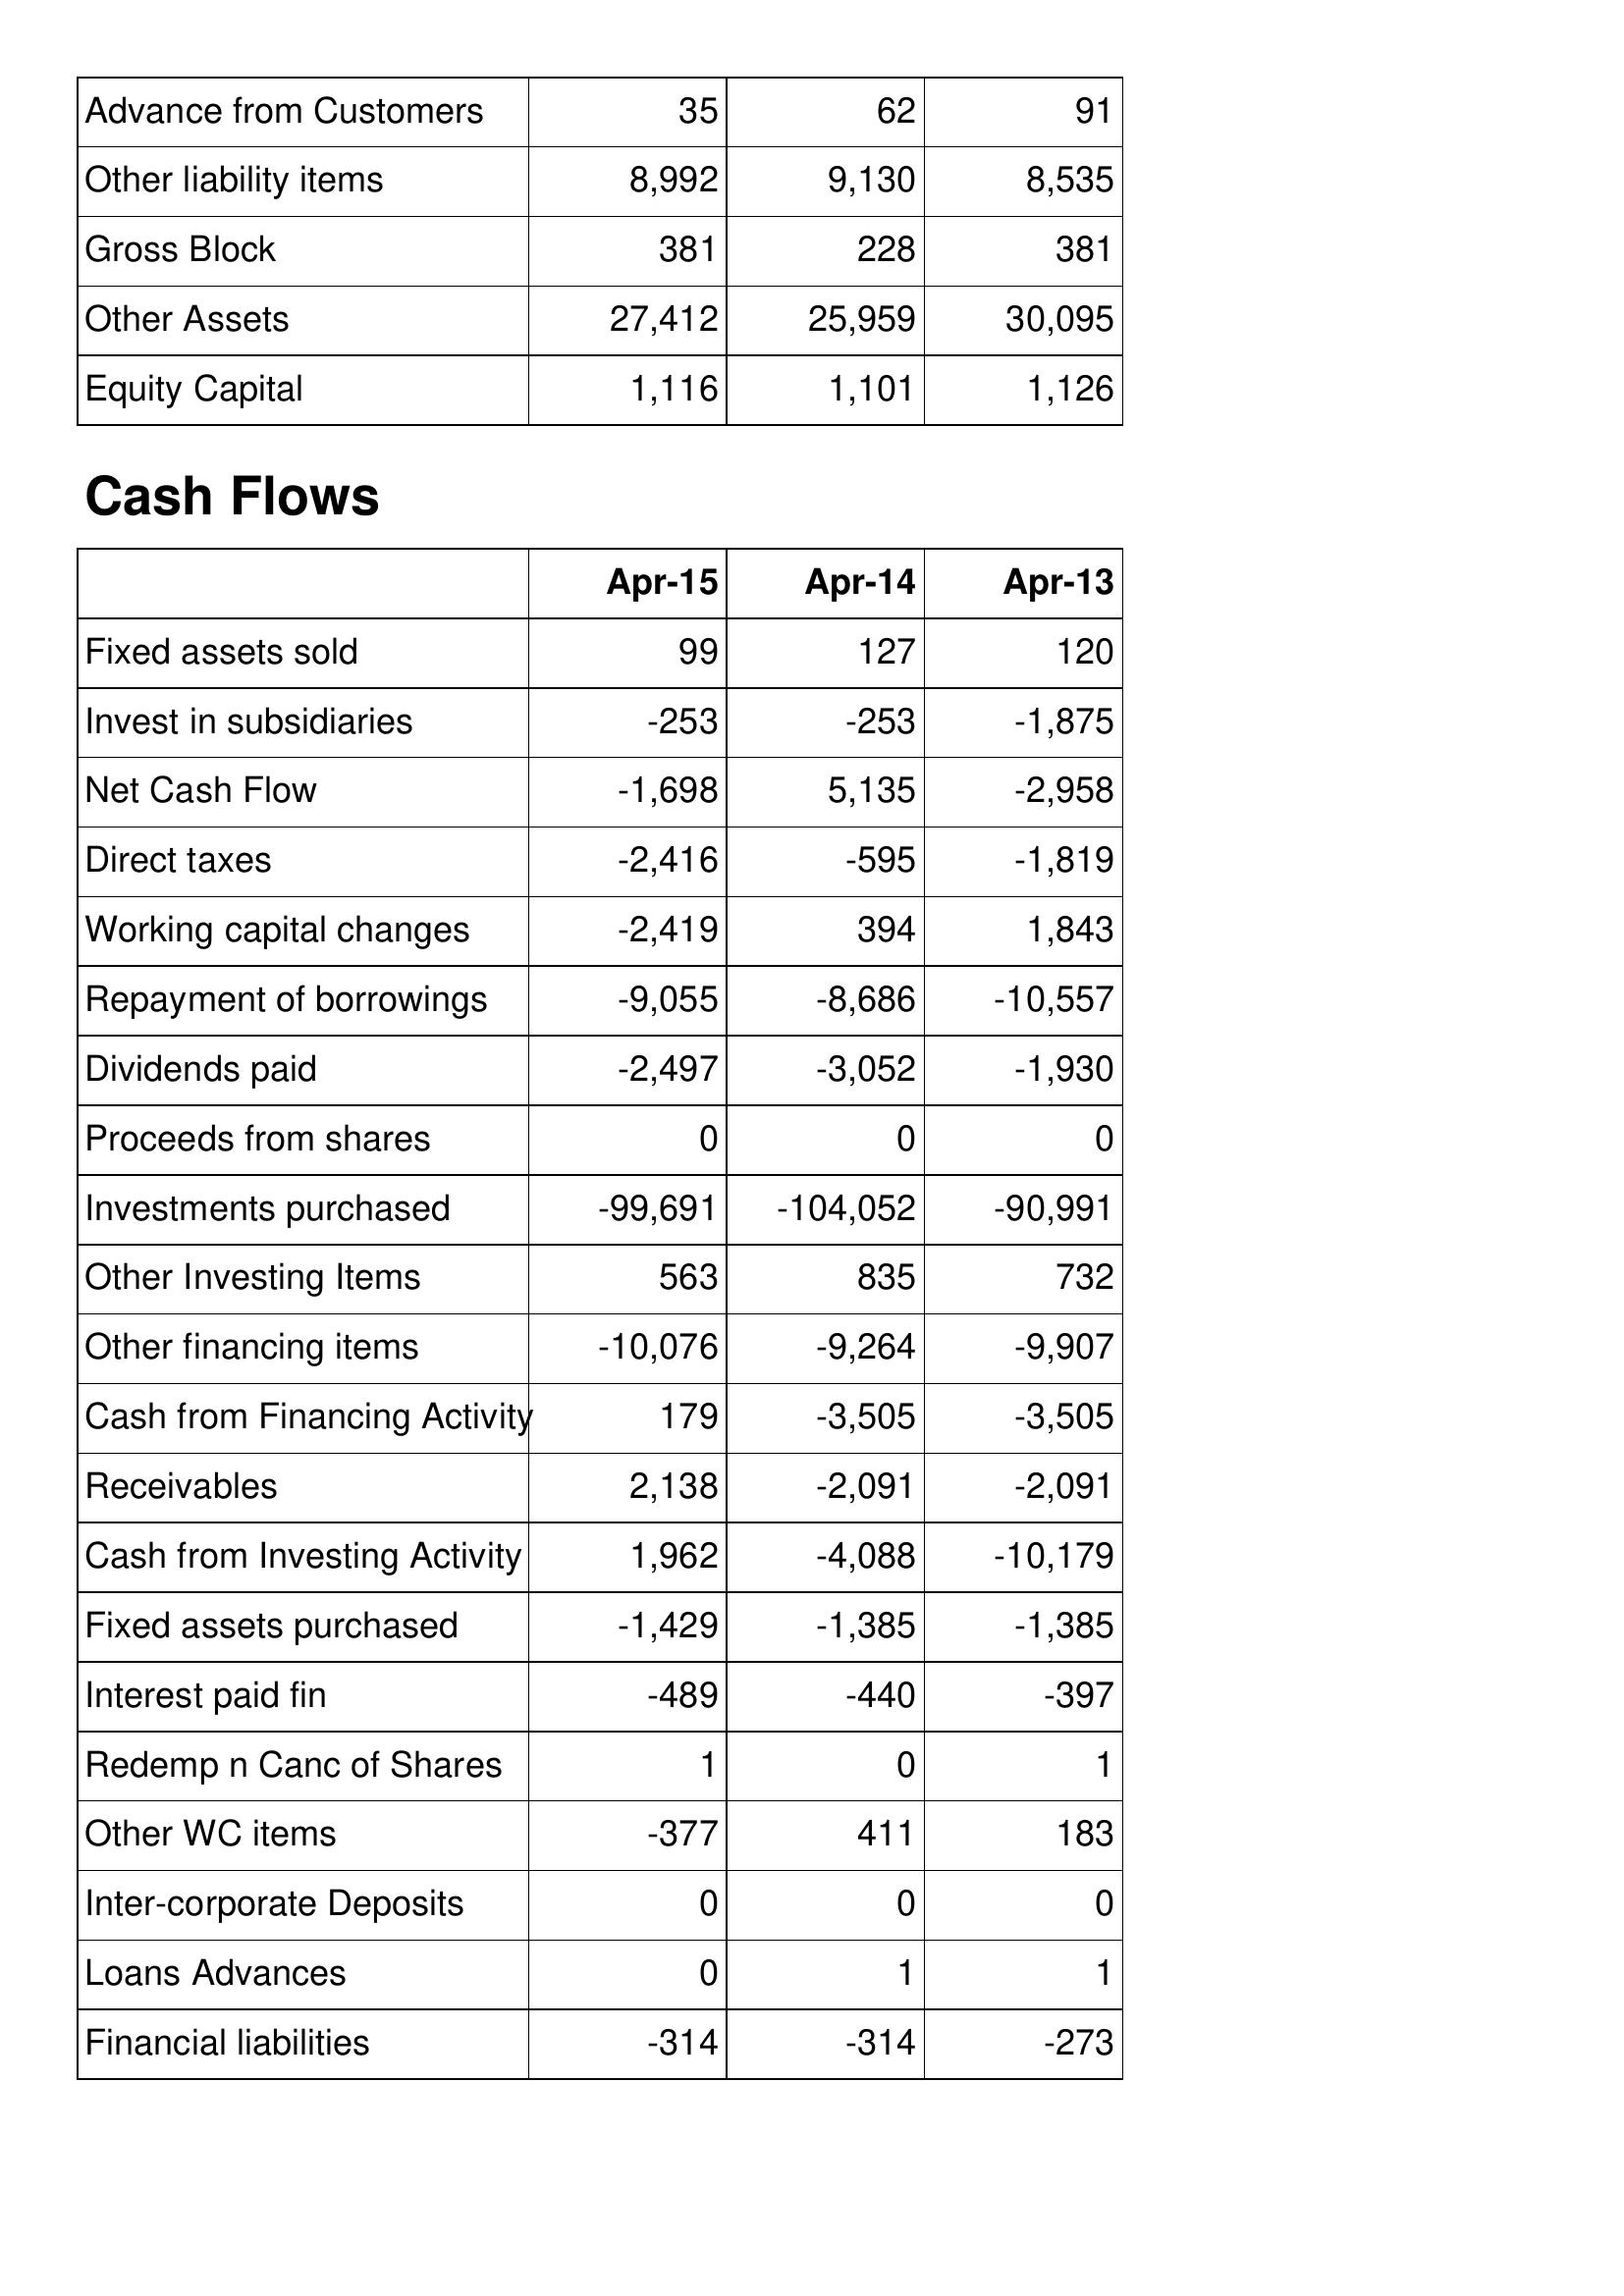
Apr-15: Balance Sheet: Advance from Customers: 35
Other liability items: 8,992
Gross Block: 381
Other Assets: 27,412
Equity Capital: 1,116
Cash Flows: Fixed assets sold: 99
Invest in subsidiaries: -253
Net Cash Flow: -1,698
Direct taxes: -2,416
Working capital changes: -2,419
Repayment of borrowings: -9,055
Dividends paid: -2,497
Proceeds from shares: 0
Investments purchased: -99,691
Other Investing Items: 563
Other financing items: -10,076
Cash from Financing Activity: 179
Receivables: 2,138
Cash from Investing Activity: 1,962
Fixed assets purchased: -1,429
Interest paid fin: -489
Redemp n Canc of Shares: 1
Other WC items: -377
Inter-corporate Deposits: 0
Loans Advances: 0
Financial liabilities: -314
Apr-14: Balance Sheet: Advance from Customers: 62
Other liability items: 9,130
Gross Block: 228
Other Assets: 25,959
Equity Capital: 1,101
Cash Flows: Fixed assets sold: 127
Invest in subsidiaries: -253
Net Cash Flow: 5,135
Direct taxes: -595
Working capital changes: 394
Repayment of borrowings: -8,686
Dividends paid: -3,052
Proceeds from shares: 0
Investments purchased: -104,052
Other Investing Items: 835
Other financing items: -9,264
Cash from Financing Activity: -3,505
Receivables: -2,091
Cash from Investing Activity: -4,088
Fixed assets purchased: -1,385
Interest paid fin: -440
Redemp n Canc of Shares: 0
Other WC items: 411
Inter-corporate Deposits: 0
Loans Advances: 1
Financial liabilities: -314
Apr-13: Balance Sheet: Advance from Customers: 91
Other liability items: 8,535
Gross Block: 381
Other Assets: 30,095
Equity Capital: 1,126
Cash Flows: Fixed assets sold: 120
Invest in subsidiaries: -1,875
Net Cash Flow: -2,958
Direct taxes: -1,819
Working capital changes: 1,843
Repayment of borrowings: -10,557
Dividends paid: -1,930
Proceeds from shares: 0
Investments purchased: -90,991
Other Investing Items: 732
Other financing items: -9,907
Cash from Financing Activity: -3,505
Receivables: -2,091
Cash from Investing Activity: -10,179
Fixed assets purchased: -1,385
Interest paid fin: -397
Redemp n Canc of Shares: 1
Other WC items: 183
Inter-corporate Deposits: 0
Loans Advances: 1
Financial liabilities: -273